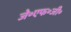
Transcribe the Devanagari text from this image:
जे॰एफ॰जी॰